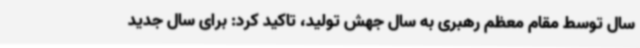
سال توسط مقام معظم رهبری به سال جهش تولید، تاکید کرد: برای سال جدید